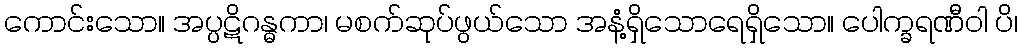
ကောင်းသော။ အပ္ပဋိဂန္ဓကာ၊ မစက်ဆုပ်ဖွယ်သော အနံ့ရှိသောရေရှိသော။ ပေါက္ခရဏီဝါ ပိ၊